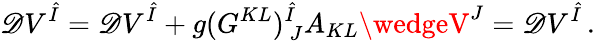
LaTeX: \mathscr{D}V^{\hat{{I}}}={\cal\mathscr{D}}V^{\hat{{I}}}+g(G^{KL})_{~J}^{\hat{{I}}}A_{KL}\wedgeV^{J}={\cal\mathscr{D}}V^{\hat{{I}}}\, .